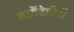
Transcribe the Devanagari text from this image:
मार्गैदेवीची